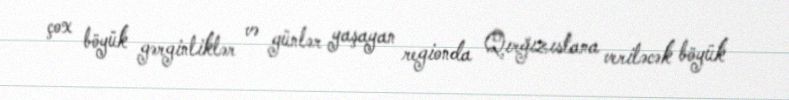
çox böyük gərginliklər və günlər yaşayan regionda Qırğızıstana veriləcək böyük